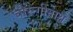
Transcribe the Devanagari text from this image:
चौरन्गीनाथ